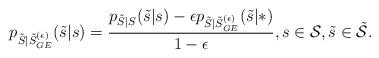
LaTeX: \begin{align*}p_{\tilde{S}|\tilde{S}^{(\epsilon)}_{GE}}(\tilde{s}|s)=\frac{p_{\tilde{S}|S}(\tilde{s}|s)-\epsilon p_{\tilde{S}|\tilde{S}^{(\epsilon)}_{GE}}(\tilde{s}|\ast)}{1-\epsilon}, s\in\mathcal{S}, \tilde{s}\in\tilde{\mathcal{S}}.\end{align*}